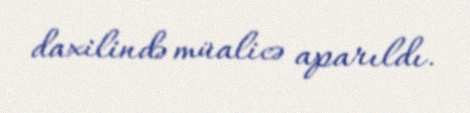
daxilində müalicə aparıldı.